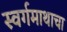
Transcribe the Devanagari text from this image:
स्वर्गमाथाचा